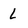
Character: l